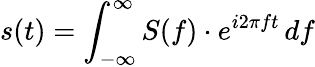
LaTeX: s(t)=\int_{-\infty}^{\infty}S(f)\cdot e^{i2\pi ft}\, df